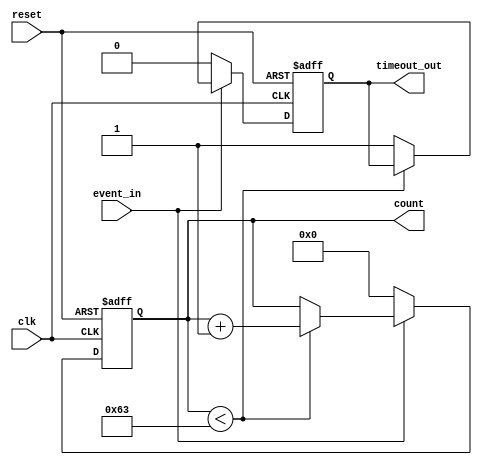
module timeout_counter #(
    parameter COUNTER_WIDTH = 8,  // Width of the counter
    parameter TIMEOUT_THRESHOLD = 100 // Time-out threshold value
)(
    input wire clk,                // Clock signal
    input wire reset,              // Reset signal
    input wire event_in,           // Event signal
    output reg [COUNTER_WIDTH-1:0] count, // Counter value
    output reg timeout_out         // Time-out signal
);

// Always block for synchronous operations
always @(posedge clk or posedge reset) begin
    if (reset) begin
        // Reset the counter and time-out signal
        count <= 0;
        timeout_out <= 0;
    end else begin
        if (event_in) begin
            // Increment the counter when the event is active
            if (count < (TIMEOUT_THRESHOLD - 1)) begin
                count <= count + 1;
            end else begin
                // If the counter reaches the threshold, assert timeout_out
                timeout_out <= 1;
            end
        end else begin
            // Reset the counter if the event is inactive
            count <= 0;
            timeout_out <= 0; // Clear time-out signal when event is inactive
        end
    end
end

endmodule